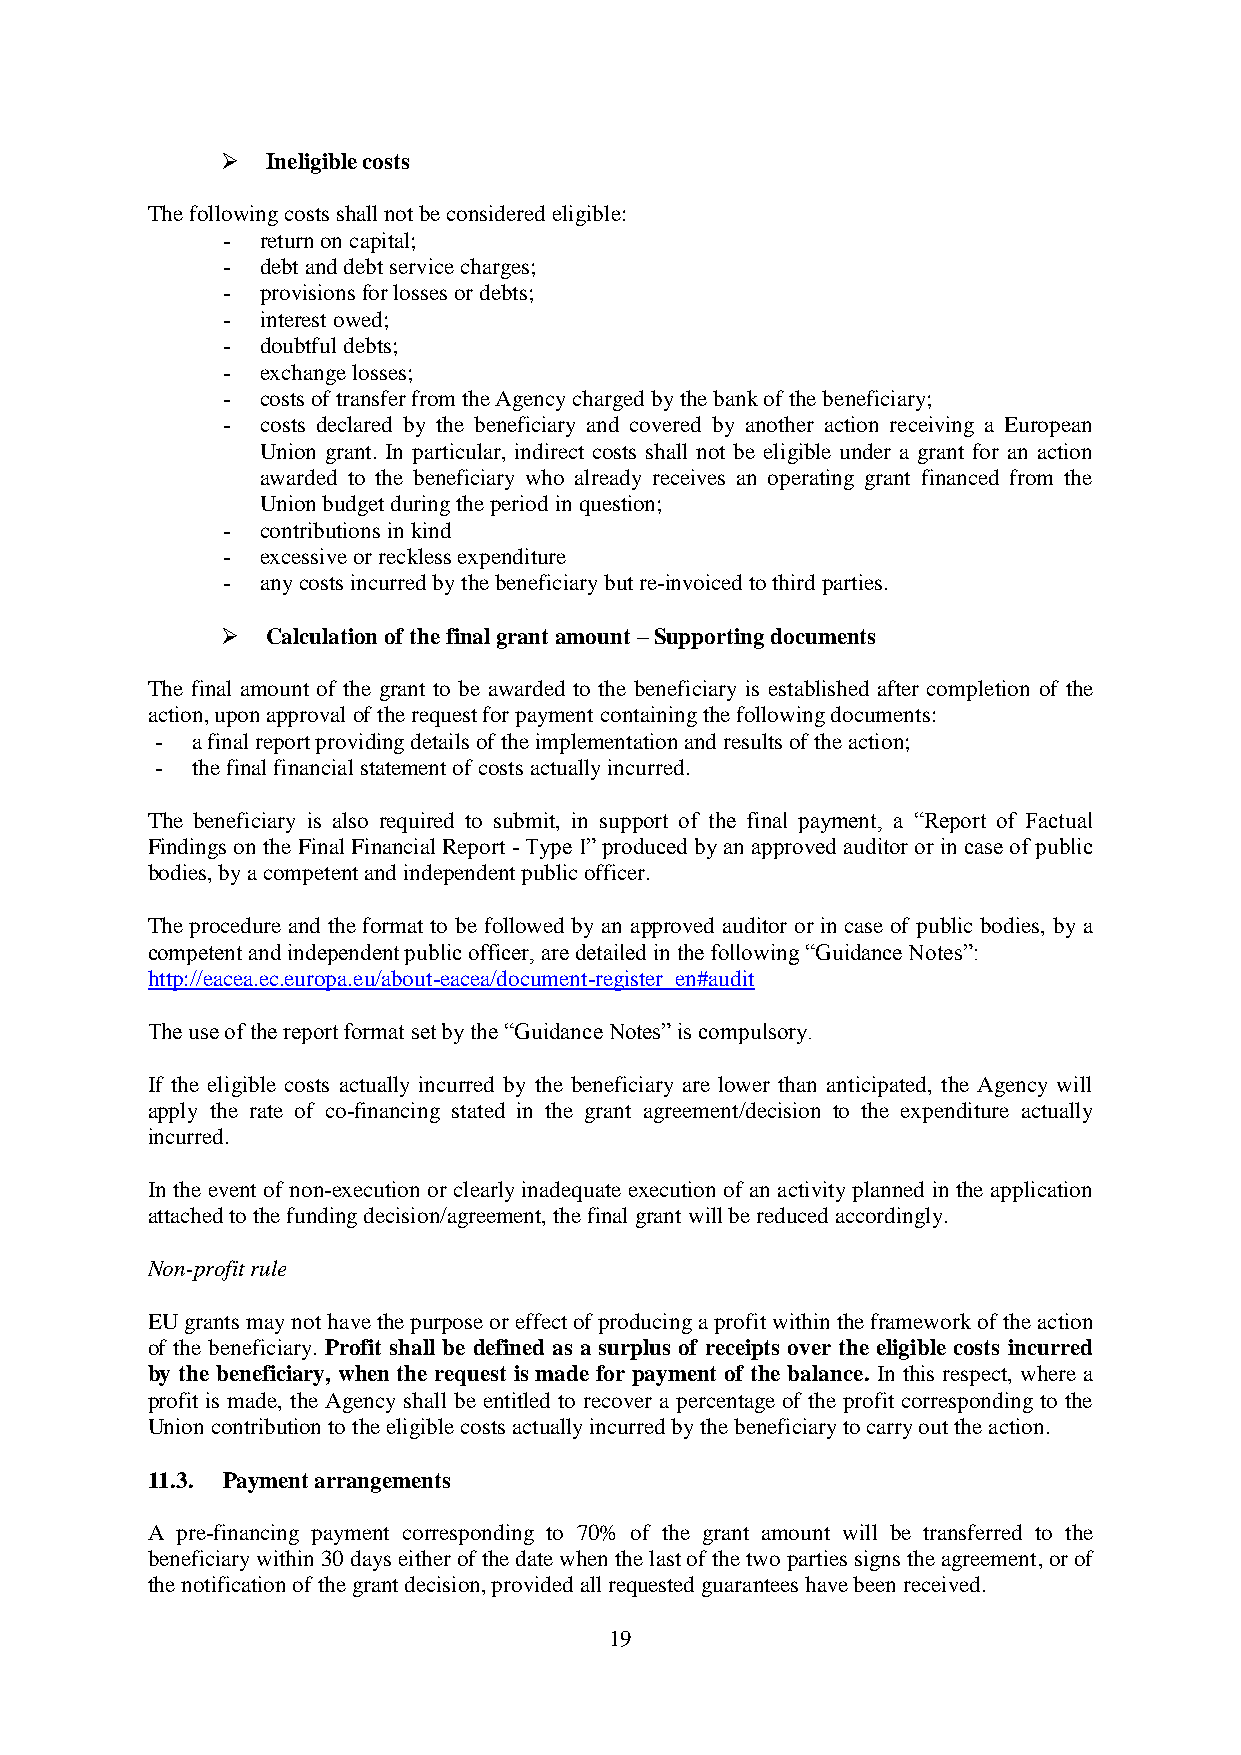
  Ineligible costs
 The following costs shall not be considered eligible:
 - return on capital;
 - debt and debt service charges;
 - provisions for losses or debts;
 - interest owed;
 - doubtful debts;
 - exchange losses;
 - costs of transfer from the Agency charged by the bank of the beneficiary;
 - costs declared by the beneficiary and covered by another action receiving a European
 Union grant. In particular, indirect costs shall not be eligible under a grant for an action
 awarded to the beneficiary who already receives an operating grant financed from the
 Union budget during the period in question;
 - contributions in kind
 - excessive or reckless expenditure
 - any costs incurred by the beneficiary but re-invoiced to third parties.
   Calculation of the final grant amount – Supporting documents
 The final amount of the grant to be awarded to the beneficiary is established after completion of the
 action, upon approval of the request for payment containing the following documents:
 -  a final report providing details of the implementation and results of the action;
 -  the final financial statement of costs actually incurred.
 The beneficiary is also required to submit, in support of the final payment, a “Report of Factual
 Findings on the Final Financial Report - Type I” produced by an approved auditor or in case of public
 bodies, by a competent and independent public officer.
 The procedure and the format to be followed by an approved auditor or in case of public bodies, by a
 competent and independent public officer, are detailed in the following “Guidance Notes”:
 http://eacea.ec.europa.eu/about-eacea/document-register_en#audit
 The use of the report format set by the “Guidance Notes” is compulsory.
 If the eligible costs actually incurred by the beneficiary are lower than anticipated, the Agency will
 apply the rate of co-financing stated in the grant agreement/decision to the expenditure actually
 incurred.
 In the event of non-execution or clearly inadequate execution of an activity planned in the application
 attached to the funding decision/agreement, the final grant will be reduced accordingly.
 Non-profit rule
 EU grants may not have the purpose or effect of producing a profit within the framework of the action
 of the beneficiary. Profit shall be defined as a surplus of receipts over the eligible costs incurred
 by the beneficiary, when the request is made for payment of the balance. In this respect, where a
 profit is made, the Agency shall be entitled to recover a percentage of the profit corresponding to the
 Union contribution to the eligible costs actually incurred by the beneficiary to carry out the action.
 11.3. Payment arrangements
 A pre-financing payment corresponding to 70% of the grant amount will be transferred to the
 beneficiary within 30 days either of the date when the last of the two parties signs the agreement, or of
 the notification of the grant decision, provided all requested guarantees have been received.
 19